Report on vaccination in Madras 1895-1903 - 1895-1903
Year: 1895
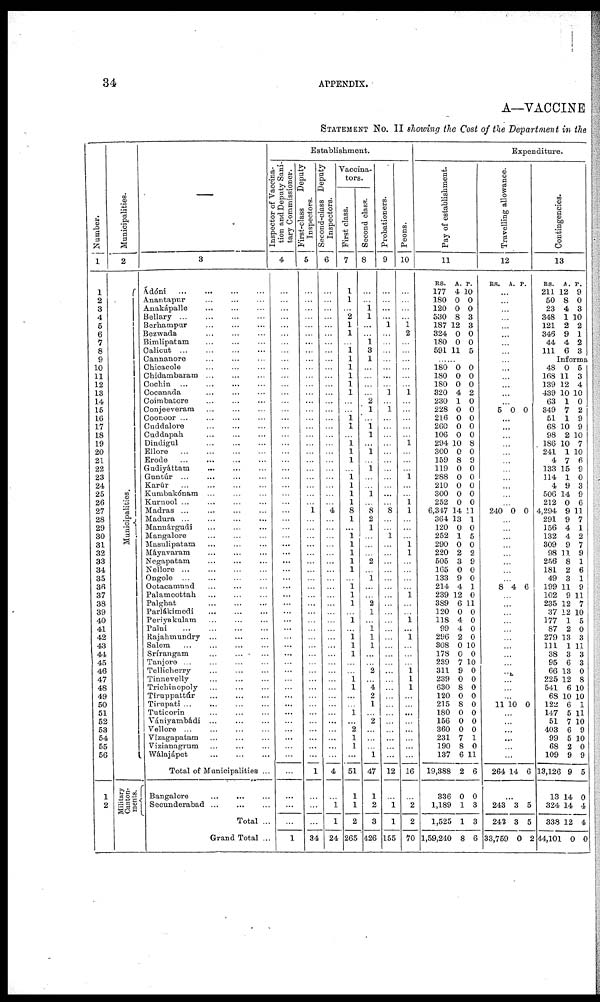
34
APPENDIX.
A—VACCINE
STATEMENT No. II showing the Cost of the Department in the
Number.
1
1
2
3
4
5
6
7
8
9
10
11
12
13
14
15
16
17
18
19
20
21
22
23
24
25
26
27
28
29
30
31
32
33
34
35
36
37
38
39
40
41
42
43
44
45
46
47
48
49
50
51
52
53
54
55
56
1
2
Municipalities.
2
Municipalities.
Military
Canton-
ments.
—
3
Ádóni
...
...
...
...
Anantapur
...
...
...
Anakápalle ... ... ...
Bellary
...
...
...
...
Berhampur
...
...
...
Bezwada ... ... ...
Bimlipatam ... ... ...
Calicut ... ... ... ...
Cannanore ... ... ...
Chicacole ... ... ...
Chidambaram
...
...
...
Cochin ... ... ... ...
Cocanada ... ... ...
Coimbatore ... ... ...
Conjeeveram ... ... ...
Coonoor ... ... ...
Cuddalove ... ... ...
Cuddapah ... ... ...
Dindigul ... ... ... ...
Ellore
...
...
...
...
Erode
...
...
...
...
Gudiyáttam
...
...
...
Guntúr ... ... ... ...
Karúr ... ... ... ...
Kumbakónam ... ... ...
Kurnool ... ... ... ...
Madras ... ... ... ...
Madura ... ... ... ...
Mannárgudi ... ... ...
Mangalore ... ... ...
Masnlipatam ... ... ...
Máyavaram ... ... ...
Negapatam ... ... ...
Nellore ... ... ... ...
Ongole ... ... ... ...
Ootacamund
...
...
...
Palamcottah ... ... ...
Palghat
...
...
...
Parlákimedi ... ... ...
Periyakulam ... ... ...
Palni
...
...
...
...
Rajahmundry ... ... ...
Salem ... ... ... ...
Srírangam
...
...
...
Tanjore ... ... ... ...
Tellicherry ... ... ...
Tinnevelly ... ... ...
Trichinopoly ... ... ...
Tiruppattúr
...
...
...
Tirupati ... ... ... ...
Tuticorin ... ... ...
Vániyambádi ... ... ...
Vellore ... ... ... ...
Vizagapatam ... ... ...
Vizianagrum ... ... ...
Walajápet ... ... ...
Total of Municipalities ...
Bangalore
...
...
...
Secunderabad
...
...
...
Total ...
Grand Total ...
Establishment.
Inspector of vaccina-
tion and Deputy Sani-
tary Commissioner.
4
...
...
...
...
...
...
...
...
...
...
...
...
...
...
...
...
...
...
...
...
...
...
...
...
...
...
...
...
...
...
...
...
...
...
...
...
...
...
...
...
...
...
...
...
...
...
...
...
...
...
...
...
...
...
...
...
...
...
...
...
1
First-class
Deputy
Inspectors.
5
...
...
...
...
...
...
...
...
...
...
...
...
...
...
...
...
...
...
...
...
...
...
...
...
...
...
1
...
...
...
...
...
...
...
...
...
...
...
...
...
...
...
...
...
...
...
...
...
...
...
...
...
...
...
...
...
1
...
...
...
34
Second-class Deputy
Inspectors.
6
...
...
...
...
...
...
...
...
...
...
...
...
...
...
...
...
...
...
...
...
...
...
...
...
...
...
4
...
...
...
...
...
...
...
...
...
...
...
...
...
...
...
...
...
...
...
...
...
...
...
...
...
...
...
...
...
4
...
1
1
24
Vaccina-
tors.
First class.
7
1
1
...
2
1
1
...
1 1
1
1
1
1
...
...
1
1
...
1
1
1
...
1 1
1
1
8
1
...
1
1
1
1
1
...
1 1
1
...
1
...
1 1
1
...
...
1
1
...
...
1
...
2
1
1
...
51
1
1
2
265
Second class.
8
...
...
1
1
...
...
1
3
1
...
...
...
...
2
1
...
1 1
...
1
...
1
...
...
1
...
8
2
1
...
...
...
2
...
1
...
...
2
1
...
1
1
1
...
...
2
...
4
2
1
...
2
...
...
...
1
47
1
2
3
426
Probationers.
9
...
...
...
...
1
...
...
...
...
...
...
...
1
...
1
...
...
...
...
...
...
...
...
...
...
...
8
...
...
1
...
...
...
...
...
...
...
...
...
...
...
...
...
...
...
...
...
...
...
...
...
...
...
...
...
...
12
...
1
1
155
Peons.
10
...
...
...
...
1
2
...
...
...
...
...
...
1
...
...
...
...
...
1
...
...
...
1
...
...
1 1
...
...
...
1
1
...
...
...
...
1
...
...
1
...
1
...
...
...
1 1
1
...
...
...
...
...
...
...
...
16
...
2
2
70
Expenditure.
Pay of establishment.
11
RS.
177
180
120
530
187
324
180
591
A.
4
0
0
8
12
0
0
11
P.
10
0
0
3
3
0
0
5
...
180
180
180
320
230
228
216
260
106
294
300
159
119
288
210
300
252
6,347
364
120
252
290
220
505
165
133
214
239
389
120
118
99
296
308
178
239
311
239
630
120
215
180
156
360
231
190
137
19,388
336
1,189
1,525
1,59,240
0
0
0
4
1
0
0
0
0
10
0
8
0
0
0
0
0
14
13
0
1
0
2
3
0
9
4
12
6
0
4
4
2
0
0
7
9
0
8
0
8
0
0
0
7
8
6
2
0
1
1
8
0
0
0
2
0
0
0
0
0
8
0
9
0
0
0
0
0
11
1
0
5
0
2
9
0
0
1
0
11
0
0
0
0
10
0
10
0
0
0
0
0
0
0
0
1
0
11
6
0
3
3
6
Travelling allowance.
12
RS. A. P.
...
...
...
...
...
...
...
...
...
...
...
...
...
...
5 0 0
...
...
...
...
...
...
...
...
...
...
...
240 0 0
...
...
...
...
...
...
...
...
8 4 6
...
...
...
...
...
...
...
...
...
...
...
...
...
11 10 0
...
...
...
...
...
...
264 14 6
...
243
243
33,759
3
3
0
5
5
2
Contingencies.
13
RS.
211
50
23
348
121
346
44
111
A.
12
8
4
1
2
9
4
6
P.
9
0
3
10
2
1
2
3
Informa
48
168
139
439
63
349
51
68
98
186
241
4
133
114
4
506
212
4,294
291
156
132
309
98
256
181
49
199
102
235
37
177
87
279
111
38
95
66
225
541
68
122
147
51
403
99
68
109
13,126
13
324
338
44,101
0
11
12
10
1
7
1
10
2
10
1
7
15
1
9
14
0
9
9
4
4
9
11
8
2
3
11
9
12
12
1
2
13
1
3
6
13
12
6
10
6
5
7
6
5
2
9
9
14
14
12
0
5
3
4
10
0
2
9
9
10
7
10
6
9
0
3
9
6
11
7
1
2
7
9
1
6
1
9
11
7
10
5
0
3
11
3
3
0
8
10
10
1
11
10
9
10
0
9
5
0
4
4
0